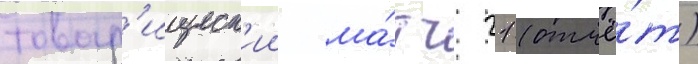
товар'ищеск'ии ма́тч 21 (отчё́т)